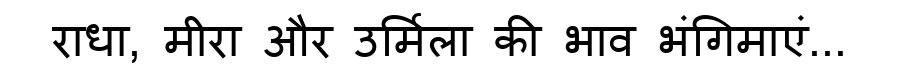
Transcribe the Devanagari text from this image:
राधा, मीरा और उर्मिला की भाव भंगिमाएं...